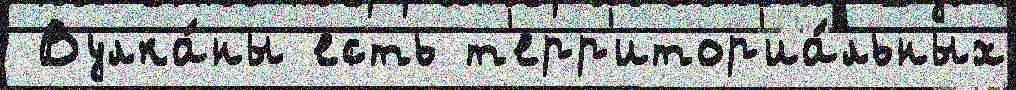
 Вулка́ны есть т'ерр'итор'иа́льных